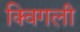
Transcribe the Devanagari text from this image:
क्विगली